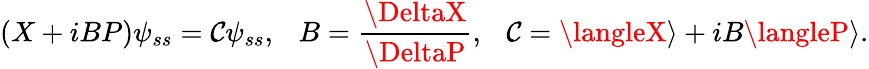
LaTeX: \left(X+iBP\right)\psi_{ss}=\mathcal{C}\psi_{ss},~~~B=\frac{{\DeltaX}}{{\DeltaP}},~~~\mathcal{C}=\langleX\rangle+iB\langleP\rangle.